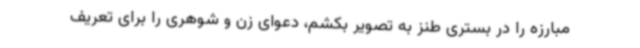
مبارزه را در بستری طنز به تصویر بکشم، دعوای زن و شوهری را برای تعریف